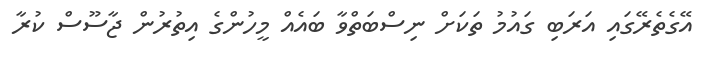
އޭގެތެރޭގައި އަރަބި ގައުމު ތަކަށް ނިސްބަތްވާ ބައެއް މީހުންގެ އިތުރުން ޖާސޫސް ކުރާ